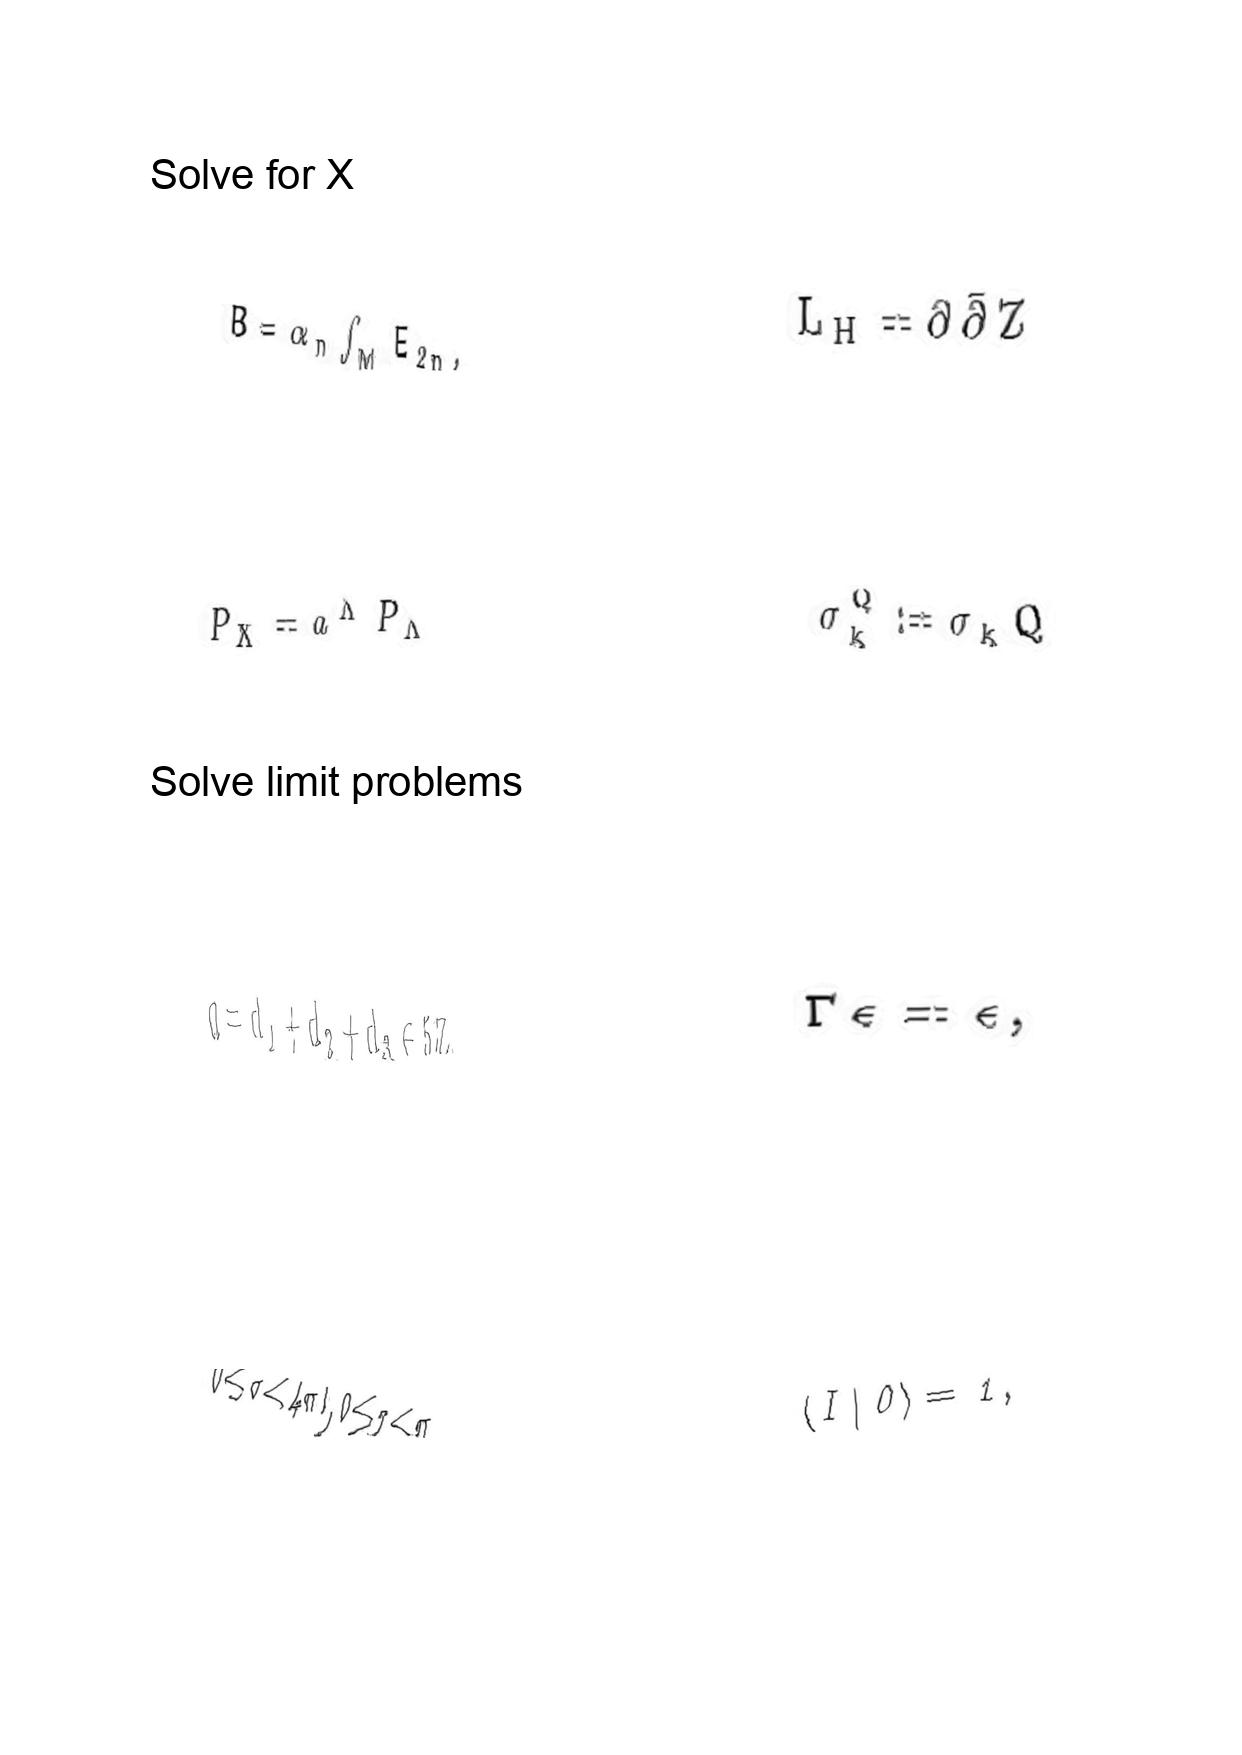
LaTeX transcription:
B = \alpha _ { n } \int _ { M } E _ { 2 n } ,
P _ { X } = a ^ { \Lambda } P _ { \Lambda }
d = d _ { 1 } + d _ { 2 } + d _ { 3 } \in 5 Z ,
0 \leq \sigma \lt 4 \pi l , 0 \leq \tau \lt \pi .
L _ { H } = \partial \bar { \partial } Z
\sigma _ { k } ^ { Q } : = \sigma _ { k } Q
\Gamma \epsilon = \epsilon ,
\langle I \vert 0 \rangle = 1 ,